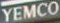
YEMCO